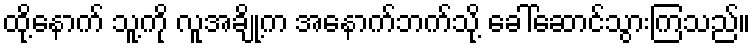
ထို့နောက် သူ့ကို လူအချို့က အနောက်ဘက်သို့ ခေါ်ဆောင်သွားကြသည်။